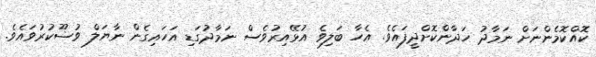
ކޮއްކޮމެންނަށް ނަމާދު ހަދާންކޮށްދީފައެވެ. އެހާ ބަލިވެ އުޅޭއިރުވެސް ނަމާދުގަޑި އަހައިގެން ނާޔަލް ވުޟޫކުރުވައެވެ.